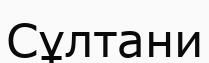
Сұлтани